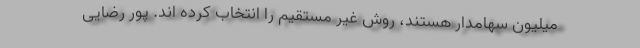
میلیون سهامدار هستند، روش غیر مستقیم را انتخاب کرده اند. پور رضایی